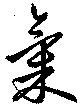
気